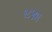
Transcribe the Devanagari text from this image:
१८५७।